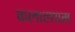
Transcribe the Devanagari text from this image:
कलालयम